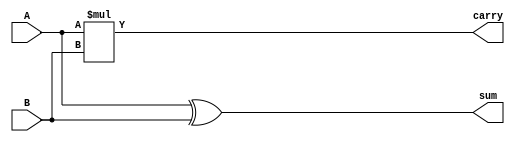
module OneBitHalfAdder (
	input A,
	input B,
	output sum,
	output carry);
	assign sum = A^B;
	assign carry = A*B;
endmodule